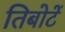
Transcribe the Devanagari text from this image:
तिबोटें